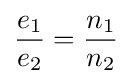
{\frac {e_{1}}{e_{2}}}={\frac {n_{1}}{n_{2}}}